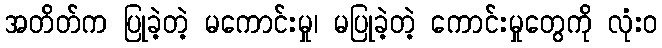
အတိတ်က ပြုခဲ့တဲ့ မကောင်းမှု၊ မပြုခဲ့တဲ့ ကောင်းမှုတွေကို လုံးဝ